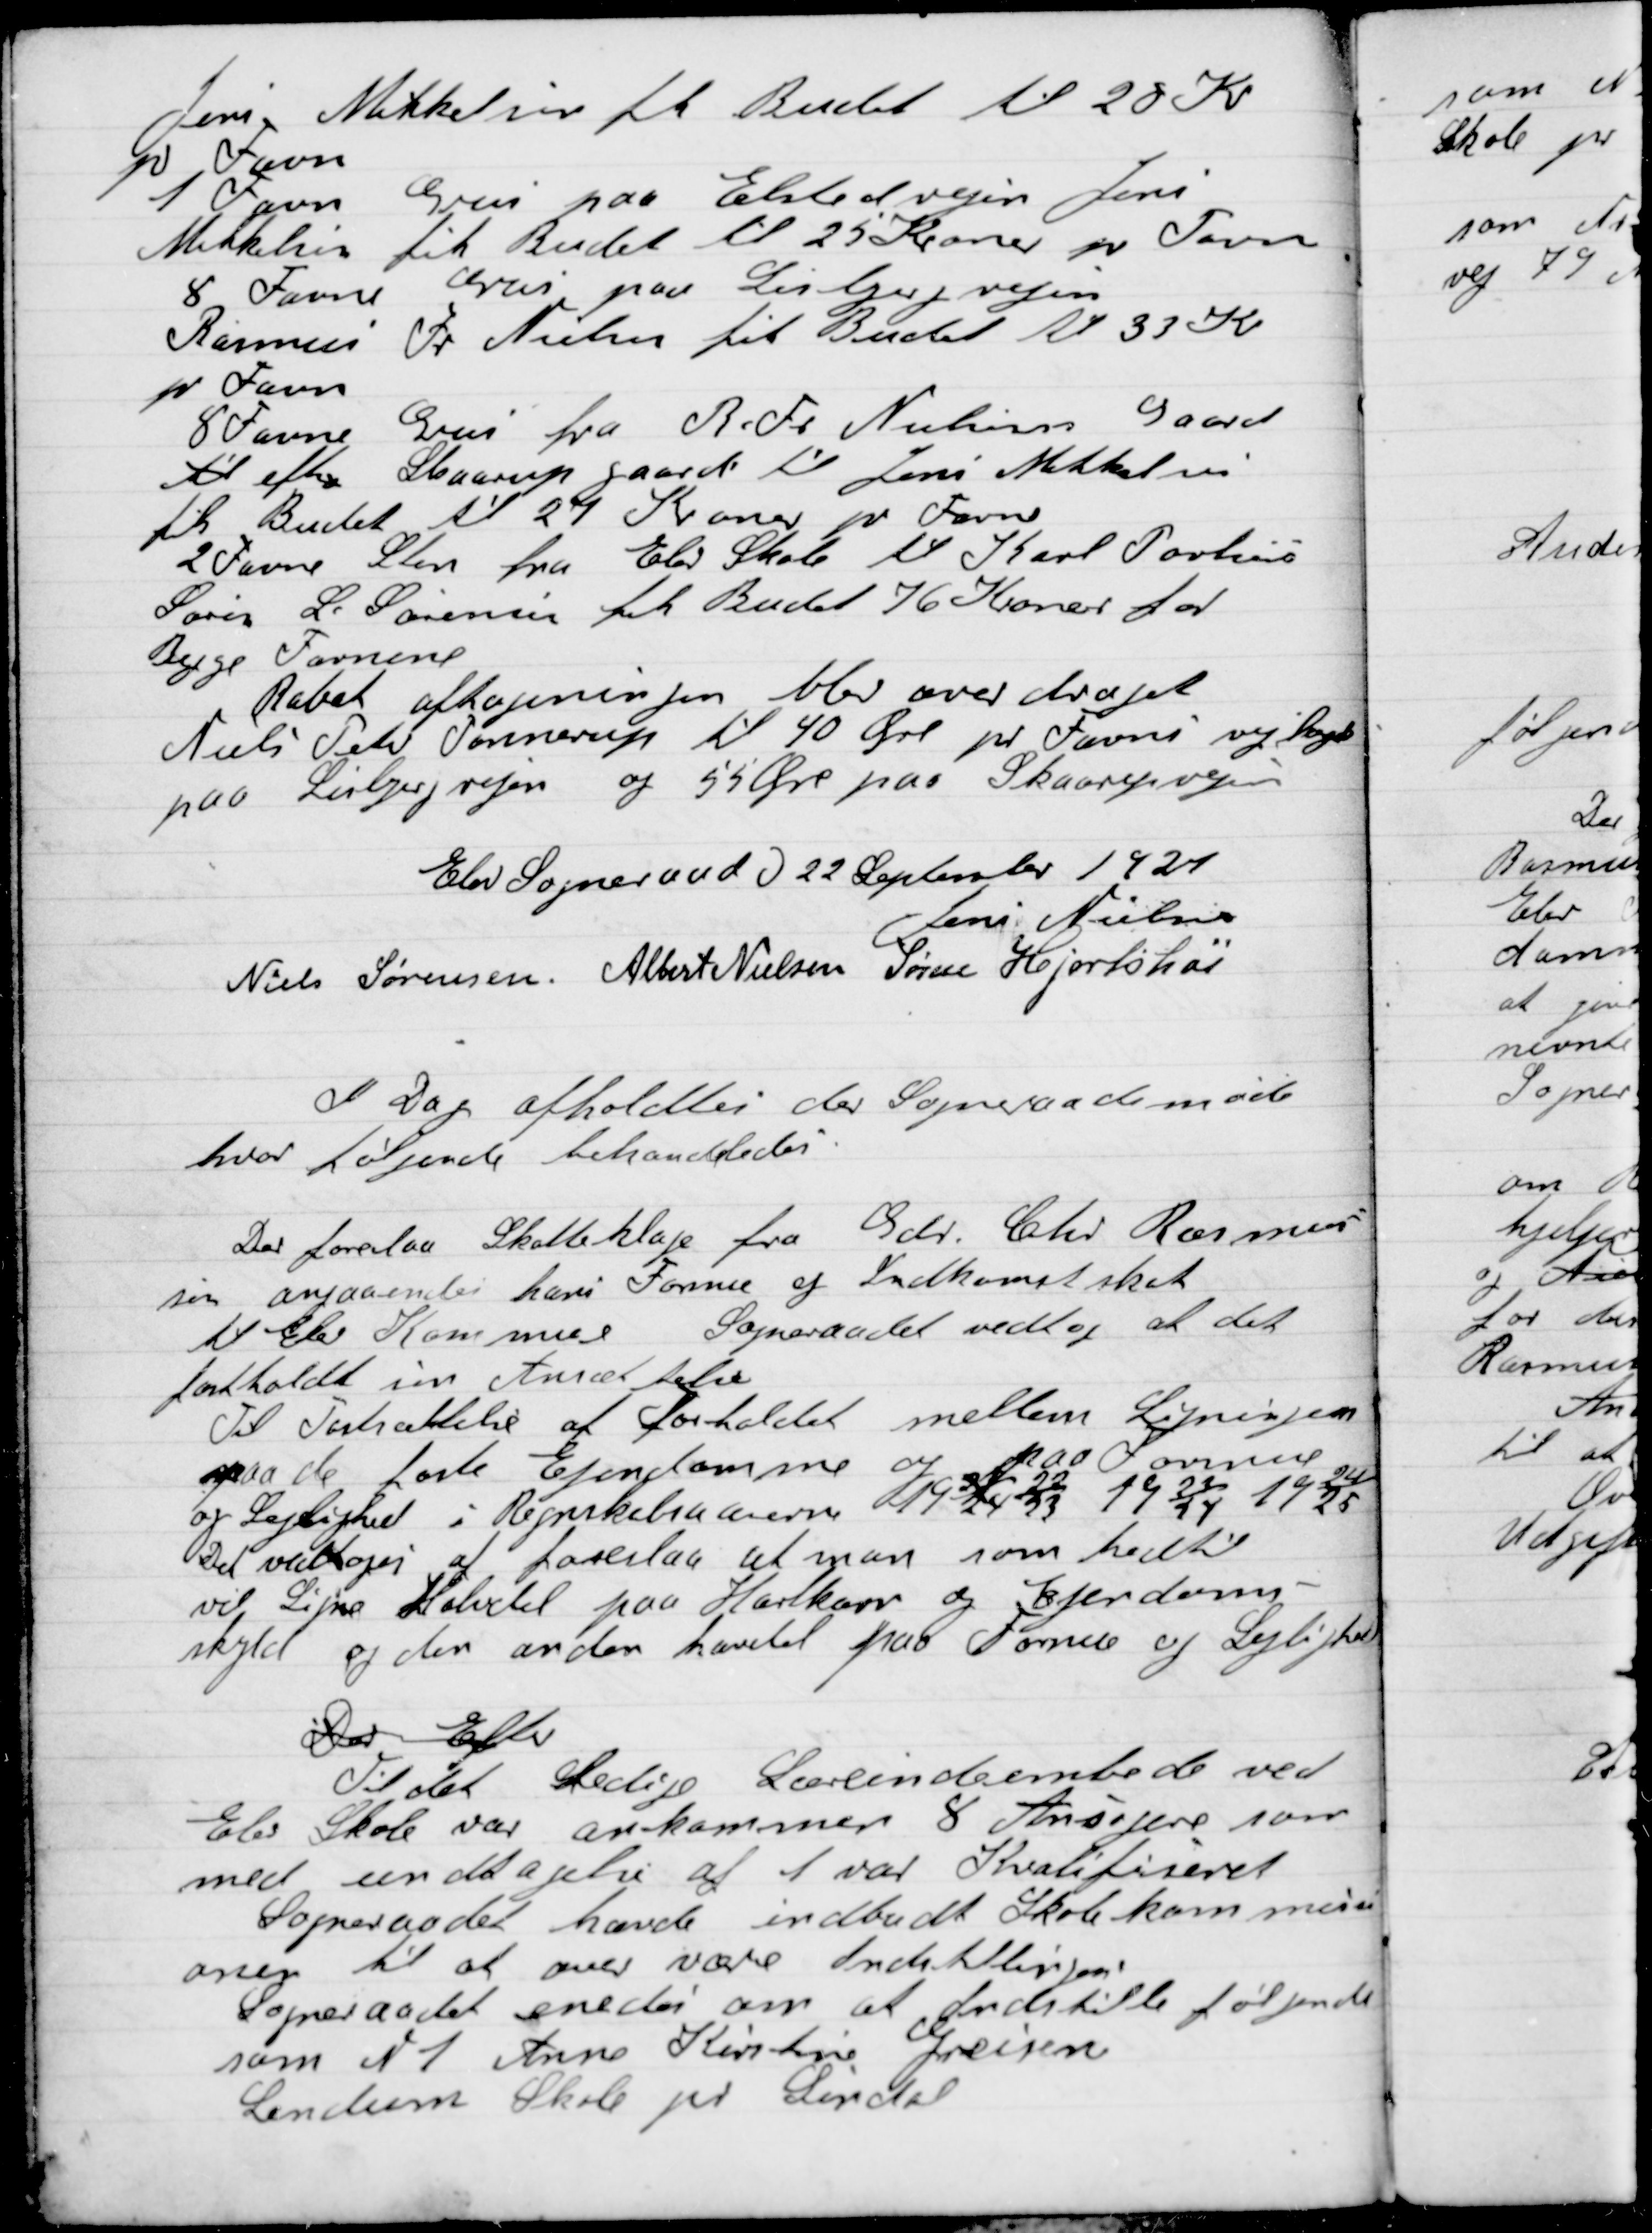
Transskription:
Jens Mikkelsen fik Budet til 28 Kr.
pr. Favn.
1 Favn Grus paa Elstedvejen Jens
Mikkelsen fik Budet til 25 Kroner pr. Favn
8 Favne Grus paa Lisbjergvejen
Rasmus A Nielsen fik Budet til 33 Kr.
pr. Favn.
8 Favn Grus fra R. Fr. Nielsens Gaard
til efter Skaarupgaard til Jens Mikkelsen
fik Budet til 27 Kroner pr. Favn.
2 Favn Sten fra Elev Skole til Karl Poulsen
Søren L. Sørensen fik Budet 76 Kroner for
Begge Favnene
Rabat aftagningen blev overdraget
Niels Peter Tommerup til 40 Øre pr Favn vej taget
paa Lisbjergvejen og 55 Øre paa Skaarupvejen

Elev Sogneraad d. 22 September 1921

Jens Nielsen
Niels Sørensen
Albert Nielsen
Søren Hjortshøi

I Dag afholdte Sogneraadet møde
hvor følgende Behandledes

Der forelaa Skatteklage fra Gdr. Chr. Rasmus-
sen angaaende hans Formue og Indkomstskat
til Elev Kommune. Sogneraadet vedtog at det
fastholdt sin Ansættelse.
Til Fastsættelse af Forholdet mellem Ligning
maa de faste Ejendomme og Formue
og Lejlighed i Regnskabsaarene 1922/23, 1923/24, 1924/25
Det vedtoges at foreslaa at man som hidtil
vil Ligne halvdel paa Hartkorn og Ejendoms-
skyld og den anden halvdel paa Formue og Lejlighed

Der Efter
Til det Ledige Lærerembede ved
Elev Skole var ankommen 8 Ansøgere som
med undtagelse af 1 var Kvalificeret.
Sogneraadet havde indbudt Skolekommissi-
onen til at over være Indstillingen.
Sogneraadet enedes om at Indstille følgende
Som Nr. 1 Anne Kirstine Greisen
Lendum Skole pr. Lindal.